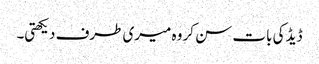
ڈیڈ کی بات سن کر وہ میری طرف دیکھتی۔